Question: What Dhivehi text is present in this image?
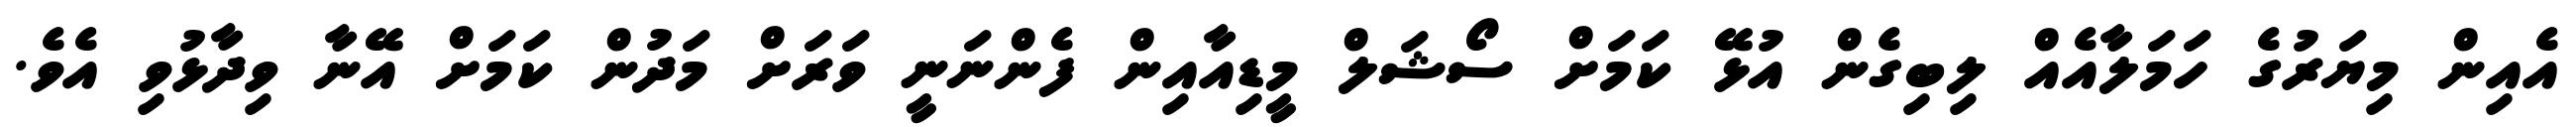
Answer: އެއިން މިޔަރުގެ ހަމަލާއެއް ލިބިގެން އުޅޭ ކަމަށް ސޯޝަލް މީޑިއާއިން ފެންނަނީ ވަރަށް މަދުން ކަމަށް އޭނާ ވިދާޅުވި އެވެ.